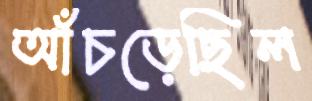
আঁচড়েছিল